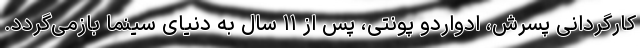
کارگردانی پسرش، ادواردو پونتی، پس از ۱۱ سال به دنیای سینما بازمی‌گردد.